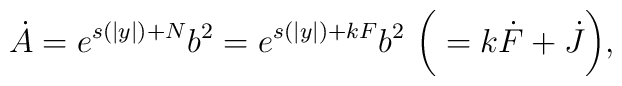
\dot{A}=e^{s(|y|)+N}b^2=e^{s(|y|)+kF}b^2~  \bigg(=k\dot{F}+\dot{J}\bigg),